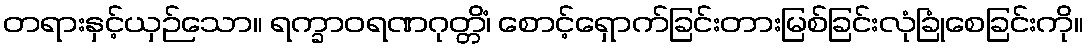
တရားနှင့်ယှဉ်သော။ ရက္ခာဝရဏဂုတ္တိံ၊ စောင့်ရှောက်ခြင်းတားမြစ်ခြင်းလုံခြုံစေခြင်းကို။